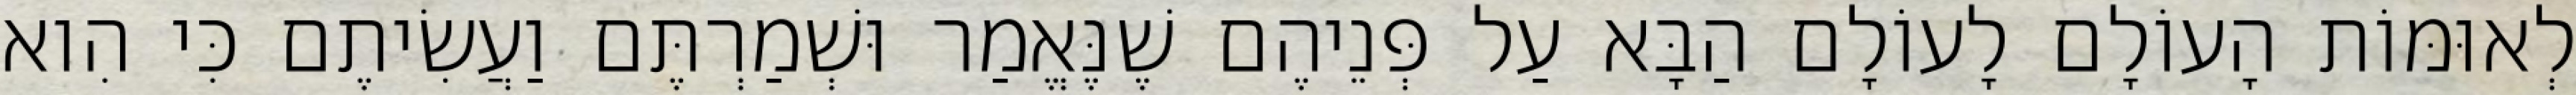
לְאוּמּוֹת הָעוֹלָם לָעוֹלָם הַבָּא עַל פְּנֵיהֶם שֶׁנֶּאֱמַר וּשְׁמַרְתֶּם וַעֲשִׂיתֶם כִּי הִוא